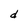
Character: d